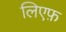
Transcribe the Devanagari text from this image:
लिएफ़